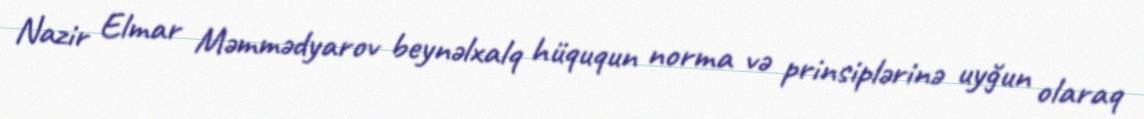
Nazir Elmar Məmmədyarov beynəlxalq hüququn norma və prinsiplərinə uyğun olaraq